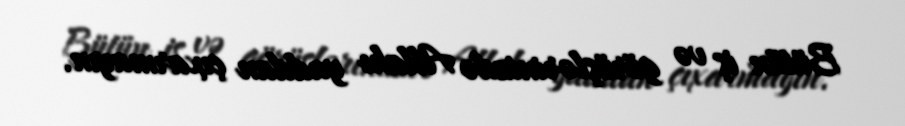
Bütün iş və görüşlərinizdə Allahı yaddan çıxarmayın.